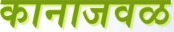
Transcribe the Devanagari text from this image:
कानाजवळ